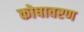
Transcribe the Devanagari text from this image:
कोषावरण